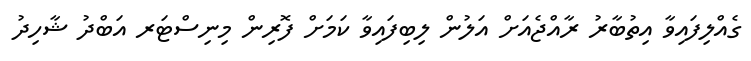
ގެއްލިފައިވާ އިތުބާރު ރާއްޖެއަށް އަލުން ލިބިފައިވާ ކަމަށް ފޮރިން މިނިސްޓަރ އަބްދު ޝާހިދު